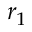
r _ { 1 }